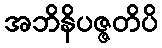
အဘိနိပဇ္ဇတိပိ